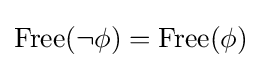
{\mbox{Free}}(\lnot \phi )={\mbox{Free}}(\phi )